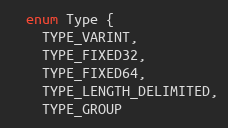
Language: C
  enum Type {
    TYPE_VARINT,
    TYPE_FIXED32,
    TYPE_FIXED64,
    TYPE_LENGTH_DELIMITED,
    TYPE_GROUP